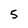
Character: 5